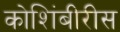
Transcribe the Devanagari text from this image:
कोशिंबीरीस